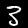
Digit: 3